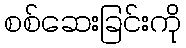
စစ်ဆေးခြင်းကို